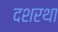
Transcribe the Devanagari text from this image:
दशरथा